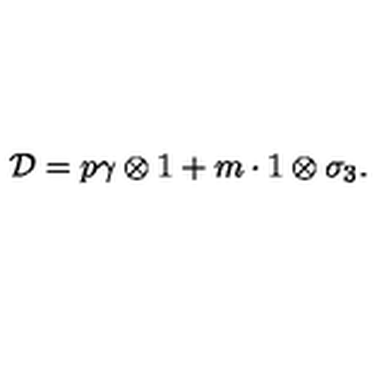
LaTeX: { \cal D } = p \gamma \otimes 1 + m \cdot 1 \otimes \sigma _ { 3 } .